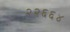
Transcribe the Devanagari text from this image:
२२६६४